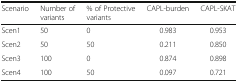
| Scenario | Number of variants | % of Protective variants | CAPL-burden | CAPL-SKAT |
 | --- | --- | --- | --- | --- |
 | Scen1 | 50 | 0 | 0.983 | 0.953 |
 | Scen2 | 50 | 50 | 0.211 | 0.850 |
 | Scen3 | 100 | 0 | 0.874 | 0.898 |
 | Scen4 | 100 | 50 | 0.097 | 0.721 |